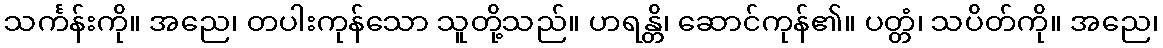
သင်္ကန်းကို။ အညေ၊ တပါးကုန်သော သူတို့သည်။ ဟရန္တိ၊ ဆောင်ကုန်၏။ ပတ္တံ၊ သပိတ်ကို။ အညေ၊